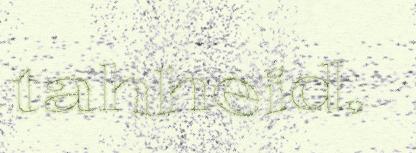
tahheid,